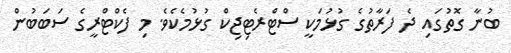
ބުނާ ގޮތުގައި ދެ ފަރާތުގެ ގުޅުމަކީ ސްޓްރެޓިޖިކް ގުޅުމެކެވެ. މި ފެކްޓްރީގެ ސަބަބުން